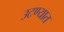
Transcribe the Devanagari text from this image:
उटण्यात